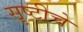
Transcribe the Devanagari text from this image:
सॄष्टीचे